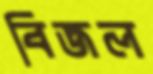
বিজল